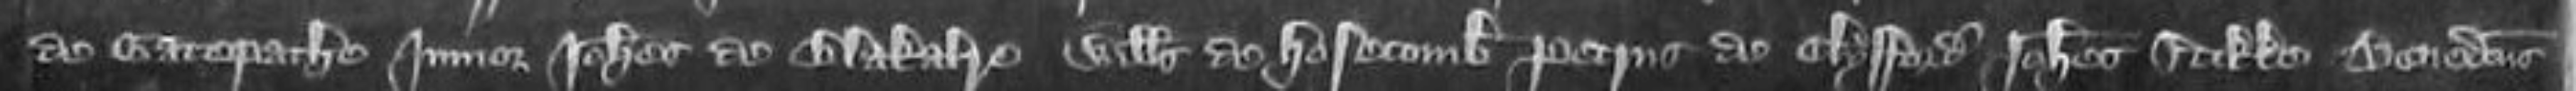
de Gatepathe junior Johannes de Blakalre Willelmus de Hosecomb Petrus de Clyfford Johannes Stille Benedictus